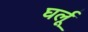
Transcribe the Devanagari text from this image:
घर्लू